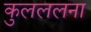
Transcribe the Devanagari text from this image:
कुलललना